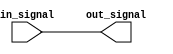
module ActiveHighBuffer (
    input wire in_signal,
    output reg out_signal
);

always @* begin
    out_signal = in_signal;
end

endmodule